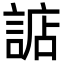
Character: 䛸